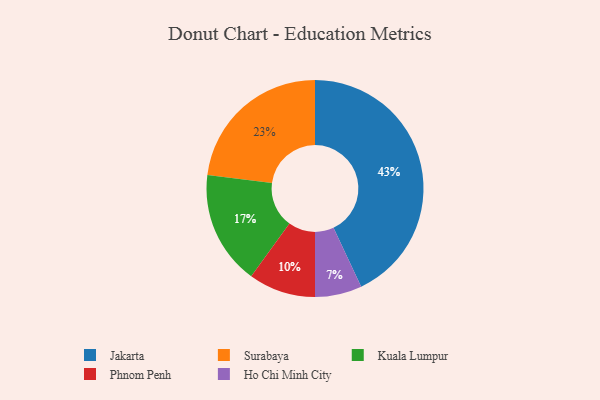
{"axis": {"x": "Category", "y": "Percentage"}, "legend": ["Ho Chi Minh City", "Jakarta", "Kuala Lumpur", "Phnom Penh", "Surabaya"], "data": [{"x": "Kuala Lumpur", "y": 17, "type": "Kuala Lumpur"}, {"x": "Ho Chi Minh City", "y": 7, "type": "Ho Chi Minh City"}, {"x": "Surabaya", "y": 23, "type": "Surabaya"}, {"x": "Phnom Penh", "y": 10, "type": "Phnom Penh"}, {"x": "Jakarta", "y": 43, "type": "Jakarta"}]}